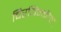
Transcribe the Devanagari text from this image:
चिरयिन्कील्